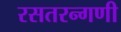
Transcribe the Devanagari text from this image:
रसतरन्गणी